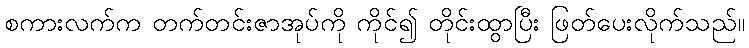
စကားလက်က တက်တင်းဇာအုပ်ကို ကိုင်၍ တိုင်းထွာပြီး ဖြတ်ပေးလိုက်သည်။